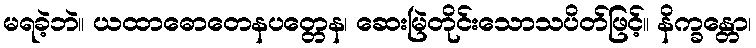
မရခဲ့ဘဲ။ ယထာဓောတေနပတ္တေန၊ ဆေးမြဲတိုင်းသောသပိတ်ဖြင့်။ နိက္ခန္တော၊